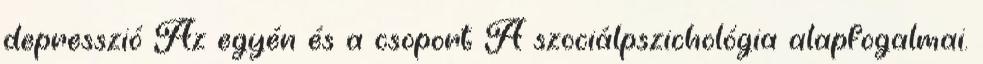
depresszió Az egyén és a csoport A szociálpszichológia alapfogalmai.